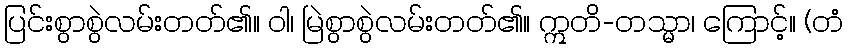
ပြင်းစွာစွဲလမ်းတတ်၏။ ဝါ၊ မြဲစွာစွဲလမ်းတတ်၏။ ဣတိ-တသ္မာ၊ ကြောင့်။ (တံ